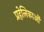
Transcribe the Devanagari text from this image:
प्रहेलिकाओं